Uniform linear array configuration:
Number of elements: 12
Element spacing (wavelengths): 0.5
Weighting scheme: cosine
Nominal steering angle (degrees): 30
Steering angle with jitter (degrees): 31.513
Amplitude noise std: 0.05
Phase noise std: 0.05

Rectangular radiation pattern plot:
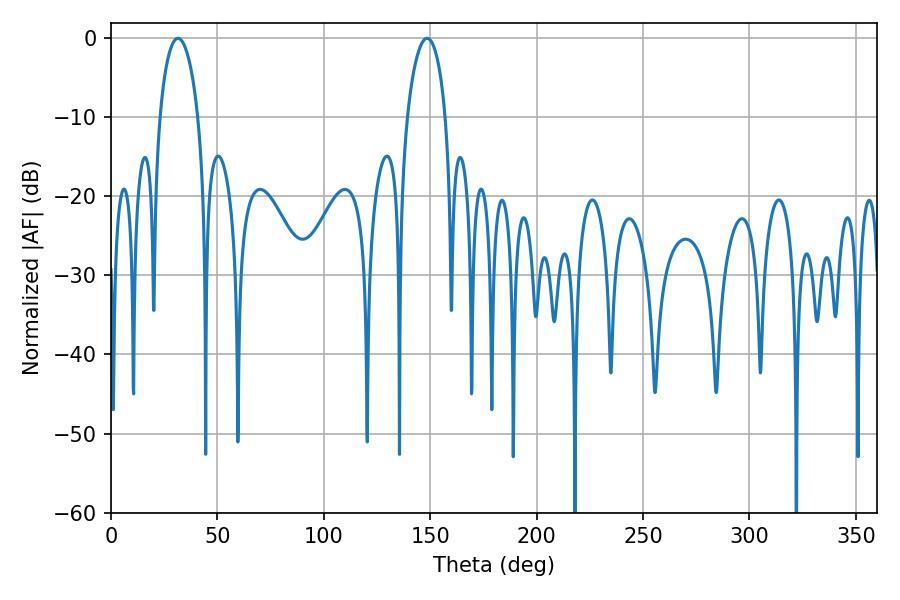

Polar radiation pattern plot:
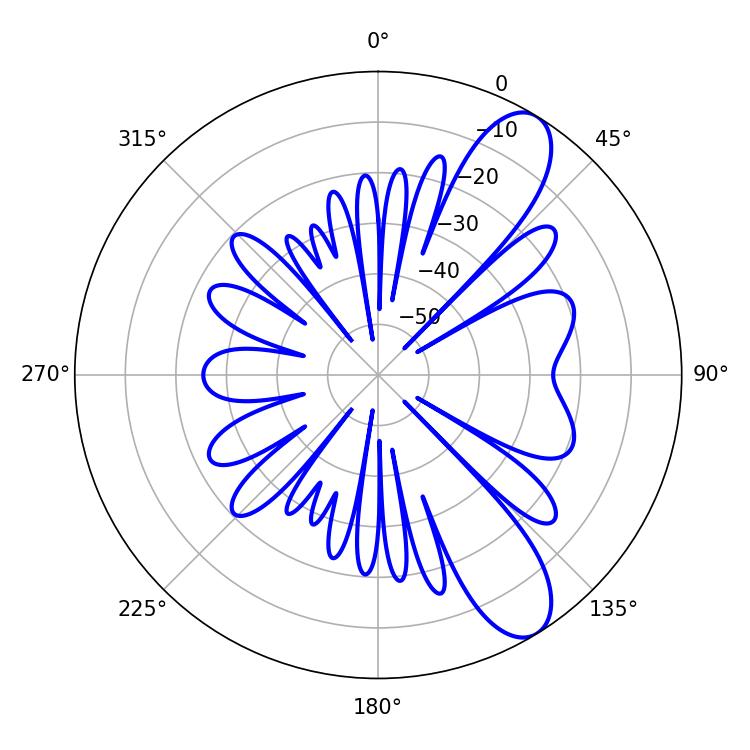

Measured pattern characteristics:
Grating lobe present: FALSE
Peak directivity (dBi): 9.865
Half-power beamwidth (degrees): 10.26
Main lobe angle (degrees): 31.5